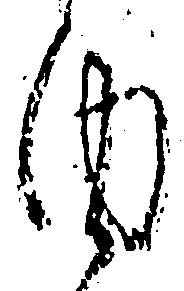
内